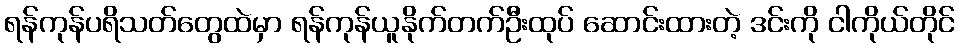
ရန်ကုန်ပရိသတ်တွေထဲမှာ ရန်ကုန်ယူနိုက်တက်ဦးထုပ် ဆောင်းထားတဲ့ ဒင်းကို ငါကိုယ်တိုင်